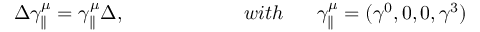
\Delta \gamma _ { \parallel } ^ { \mu } = \gamma _ { \parallel } ^ { \mu } \Delta , \qquad \qquad \qquad w i t h \ \mathrm { \quad ~ } \gamma _ { \parallel } ^ { \mu } = ( \gamma ^ { 0 } , 0 , 0 , \gamma ^ { 3 } )